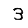
Digit: 3